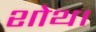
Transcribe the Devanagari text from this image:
शोथ।